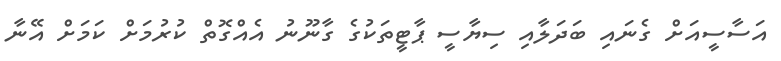
އަސާސީއަށް ގެނައި ބަދަލާއި ސިޔާސީ ޕާޓީތަކުގެ ގާނޫނު އެއްގޮތް ކުރުމަށް ކަމަށް އޭނާ